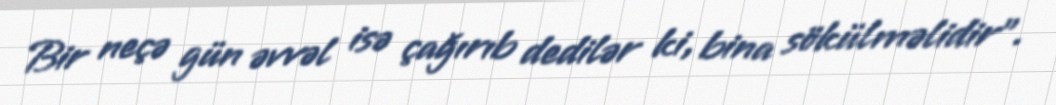
Bir neçə gün əvvəl isə çağırıb dedilər ki, bina sökülməlidir”.